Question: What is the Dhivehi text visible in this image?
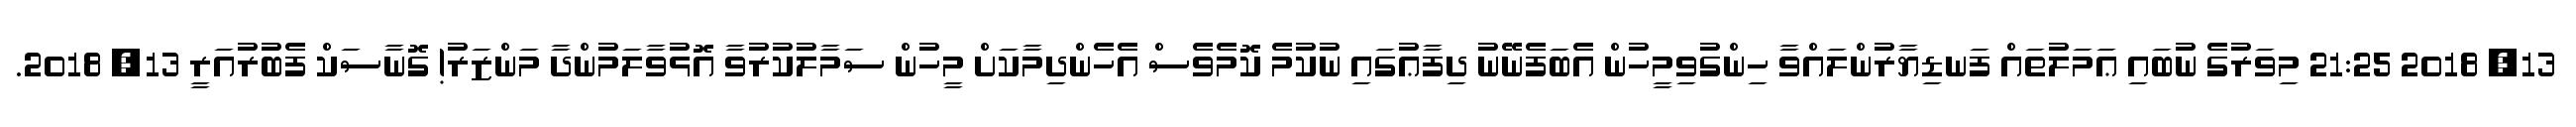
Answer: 13, 2018 21:25 މިވަރުގެ ނުބައި ޢަމަލުތައް ފަނޑިޔާރުންލައްވާ ހިންގުވިމީހުން އެބަފެނޭނު ދިފާޢުގައި ނުކުމެ ކޮމެވެސް އެހެންދިމާކަށް މީހުން ސަމާލުކުރުވާ އޮޅުވާލަމުންދާ މަންޒަރު! ގޮނާސަކް ފެބުރުއަރީ 13, 2018.